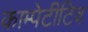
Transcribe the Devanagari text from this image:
काम्पेटीटिव